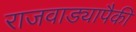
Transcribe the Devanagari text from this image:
राजवाड्यापैकी